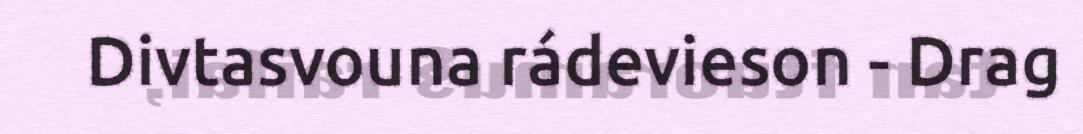
Divtasvouna rádevieson - Drag